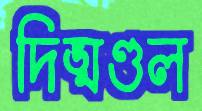
দিঙ্‌মণ্ডল